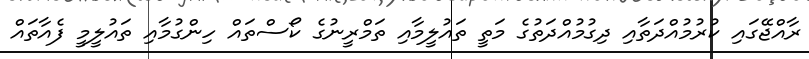
ރާއްޖޭގައި ކުރުމުއްދަތާއި ދިގުމުއްދަތުގެ މަތީ ތައުލީމާއި ތަމްރީނުގެ ކޯސްތައް ހިންގުމާއި ތައުލީމީ ފެއާތައް